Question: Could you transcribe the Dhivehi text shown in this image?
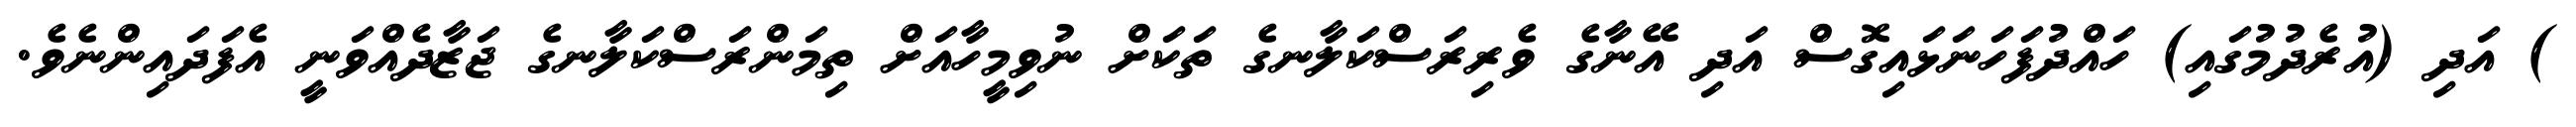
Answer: ) އަދި (އުރެދުމުގައި) ހައްދުފަހަނަޅައިގޮސް އަދި އޭނާގެ ވެރިރަސްކަލާނގެ ތަކަށް ނުވިމީހާއަށް ތިމަންރަސްކަލާނގެ ޖަޒާދެއްވަނީ އެފަދައިންނެވެ.